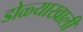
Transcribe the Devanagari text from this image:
डोळ्याखाली